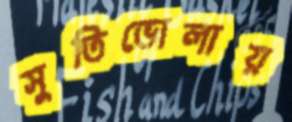
সুতিভোলায়